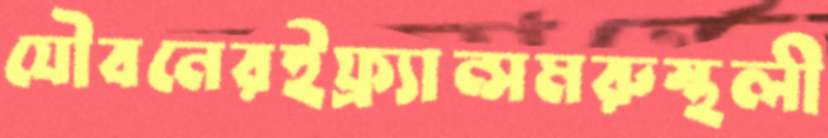
যৌবনেরইফ্র্যান্সমরুস্থলী